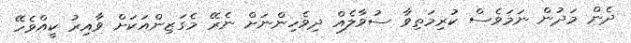
ދެން މަދުން ނަމަވެސް ކުރިމަތިވާ ސުވާލެއް ދިވެހިންނަށް ނެރޭ މެގަޒިންއަކަށް ވާއިރު ކީއްވެހޭ